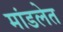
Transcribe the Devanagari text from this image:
मांडलेत